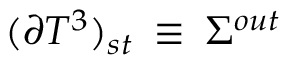
( \partial T ^ { 3 } ) _ { s t } \: \equiv \: \Sigma ^ { o u t }